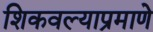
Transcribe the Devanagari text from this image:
शिकवल्याप्रमाणे